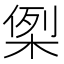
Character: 𭪪